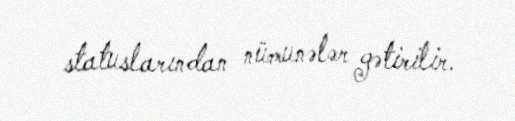
statuslarından nümunələr gətirilir.